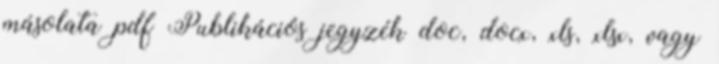
másolata pdf Publikációs jegyzék doc, docx, xls, xlsx, vagy